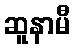
ဆူနာမီ